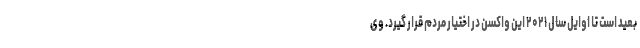
بعید است تا اوایل سال ۲۰۲۱ این واکسن در اختیار مردم قرار گیرد. وی